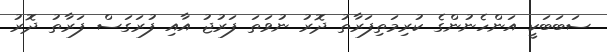
ސަބަބަކީ އަންހެނުންގެ ކުރިމަތިފަރާތު ދޮރު ނުވަތަ ފަރުޖު އާއި ފުރަގަސް ފަރާތު ދޮރު